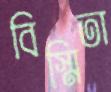
বিস্মিতা